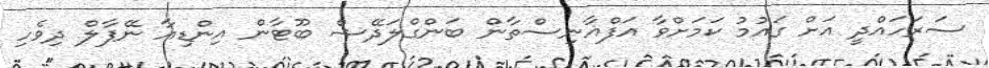
ސަރަހައްދީ އަށް ގައުމު ކަމަށްވާ އަފްޣާނިސްތާން ބަންގްލަދޭޝް ބޫޓާން އިންޑިއާ ނޭޕާލް ދިވެހި